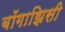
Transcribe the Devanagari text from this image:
बॉगाझिसी